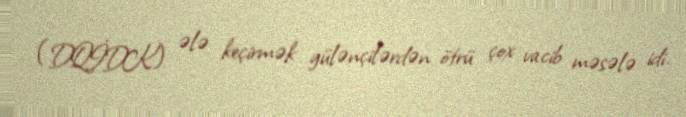
(DQİDK) ələ keçirmək gülənçilərdən ötrü çox vacib məsələ idi.